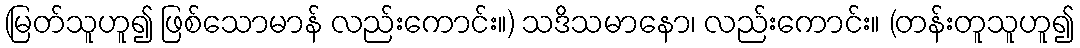
(မြတ်သူဟူ၍ ဖြစ်သောမာန် လည်းကောင်း။) သဒိသမာနော၊ လည်းကောင်း။ (တန်းတူသူဟူ၍